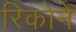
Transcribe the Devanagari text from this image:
रिकोने